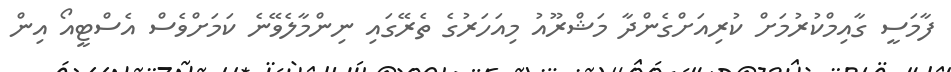
ފާމަސީ ގާއިމްކުރުމަށް ކުރިއަށްގެންދާ މަޝްރޫއު މިއަހަރުގެ ތެރޭގައި ނިންމާލެވޭނެ ކަމަށްވެސް އެސްޓީއޯ އިން